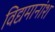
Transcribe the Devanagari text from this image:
विद्यमानांश